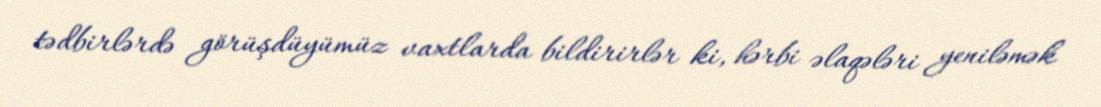
tədbirlərdə görüşdüyümüz vaxtlarda bildirirlər ki, hərbi əlaqələri yeniləmək